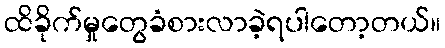
ထိခိုက်မှုတွေခံစားလာခဲ့ရပါတော့တယ်။